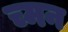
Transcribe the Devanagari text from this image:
च्मन